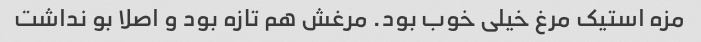
مزه استیک مرغ خیلی خوب بود. مرغش هم تازه بود و اصلا بو نداشت